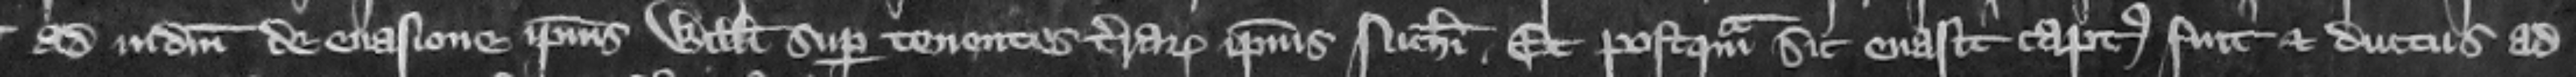
ad iudicium de euasione ipsius Willelmi super tenentes terrarum ipsius Nicholai. Et postquam sic euasit captus fuit et ductus ad